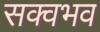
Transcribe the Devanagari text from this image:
सक्वभव